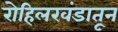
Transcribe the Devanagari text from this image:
रोहिलखंडातून